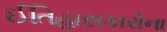
ઈતિહાસકારોના